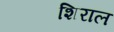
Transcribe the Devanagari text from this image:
शिराल